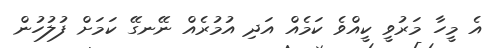
އެ މީހާ މަރުވީ ކީއްވެ ކަމެއް އަދި އުމުރެއް ނޭނގޭ ކަމަށް ފުލުހުން